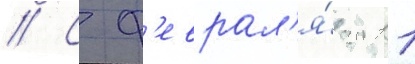
// С ф'еврал'я́ 2011